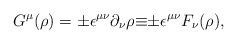
LaTeX: \begin{align*}G^{\mu}(\rho)={\pm}{\epsilon}^{{\mu}{\nu}}{\partial}_{\nu}{\rho}{\equiv}{\pm}{\epsilon}^{{\mu}{\nu}}F_{\nu}(\rho),\end{align*}